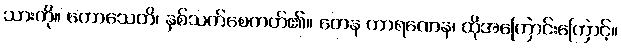
သားကို။ တောသေတိ၊ နှစ်သက်စေတတ်၏။ တေန ကာရဏေန၊ ထိုအကြောင်းကြောင့်။